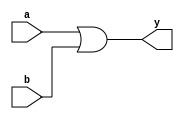
module orarray_behave(y,a,b);
output reg[16:1] y;
input[16:1] a,b;

always@(a,b)
begin
 y=a|b;
end

endmodule